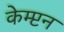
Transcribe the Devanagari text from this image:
केम्प्टन